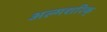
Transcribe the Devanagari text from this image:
अल्मशरिक्